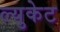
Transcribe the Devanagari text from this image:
ल्युकेट